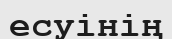
есуінің